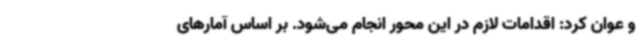
و عوان کرد: اقدامات لازم در این محور انجام می‌شود. بر اساس آمارهای